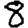
Digit: 8